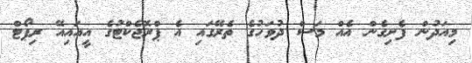
މިއަދުން ފެށިގެން އެއް މަސް ދުވަހުގެ ތެރޭގައި އެ ޕްރޮޖެކްޓުގެ އީއައިއޭ ރިޕޯޓް